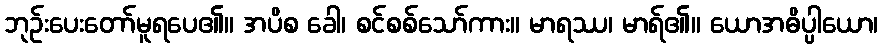
ဘုဉ်းပေးတော်မူရပေ၏။ အပိစ ခေါ၊ စင်စစ်သော်ကား။ မာရဿ၊ မာရ်၏။ ယောအဓိပ္ပါယော၊